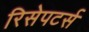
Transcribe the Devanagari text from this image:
रिसेपटर्स